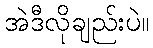
အဲဒီလိုချည်းပဲ။